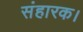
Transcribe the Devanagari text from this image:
संहारक।